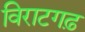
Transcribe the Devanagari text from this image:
विराटगढ़